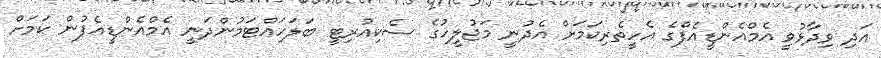
އަދި ވިދާޅުވީ އެމްއެންޑީއެފްގެ އެހީތެރިކަމަށް އެދުނީ މަޖުލީހުގެ ސެކިއުރިޓީ ބަލަހައްޓަމުންދަނީ އެމްއެންޑީއެފުން ކަމަށް